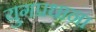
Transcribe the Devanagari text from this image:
युगप्रधाना